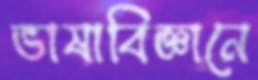
ভাষাবিজ্ঞানে